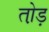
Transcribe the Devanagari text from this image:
तो़ड़